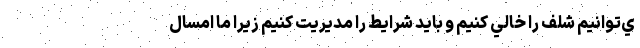
ي‌توانيم شلف را خالي كنيم و بايد شرايط را مديريت كنيم زيرا ما امسال